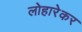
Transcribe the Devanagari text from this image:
लोहारेकर